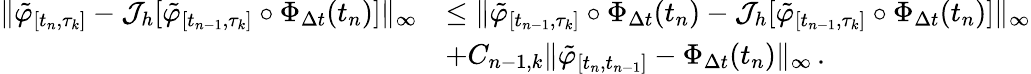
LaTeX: \begin{array}{rl}{\lVert\tilde{\varphi}_{[t_{n},\tau_{k}]}-\mathcal{J}_{h}[\tilde{\varphi}_{[t_{n-1},\tau_{k}]}\circ\Phi_{\Delta t}(t_{n})]\rVert_{\infty}}&{\leq\lVert\tilde{\varphi}_{[t_{n-1},\tau_{k}]}\circ\Phi_{\Delta t}(t_{n})-\mathcal{J}_{h}[\tilde{\varphi}_{[t_{n-1},\tau_{k}]}\circ\Phi_{\Delta t}(t_{n})]\rVert_{\infty}}\\ &{+C_{n-1,k}\lVert\tilde{\varphi}_{[t_{n},t_{n-1}]}-\Phi_{\Delta t}(t_{n})\rVert_{\infty}\, .}\end{array}